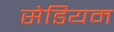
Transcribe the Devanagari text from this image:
सेडियम